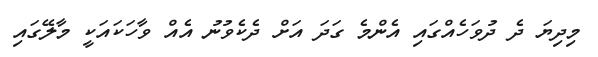
މިދިޔަ ދެ ދުވަހެއްގައި އެންމެ ގަދަ އަށް ދެކެވުނު އެއް ވާހަކައަކީ މާލޭގައި